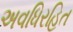
અવધિરહિત